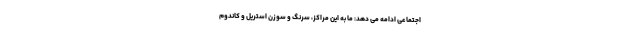
اجتماعی ادامه می دهد: ما به این مراکز، سرنگ و سوزن استریل و کاندوم